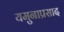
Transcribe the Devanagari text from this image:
यमुनाप्रसाद